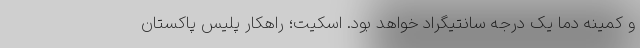
و کمینه دما یک درجه سانتیگراد خواهد بود. اسکیت؛ راهکار پلیس پاکستان